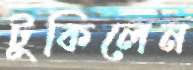
টুকিলেন